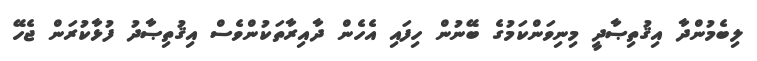
ލިބެމުންދާ އިޤުތިޞާދީ މިނިވަންކަމުގެ ބޭނުން ހިފައި އެހެން ދާއިރާތަކުންވެސް އިޤުތިޞާދު ފުޅާކުރަން ޖެހޭ